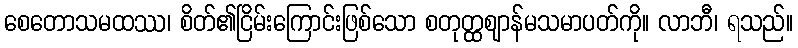
စေတောသမထဿ၊ စိတ်၏ငြိမ်းကြောင်းဖြစ်သော စတုတ္ထဈာန်မသမာပတ်ကို။ လာဘီ၊ ရသည်။